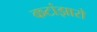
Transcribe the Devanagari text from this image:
कटांझारो